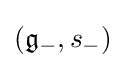
({\mathfrak {g}}_{-},s_{-})